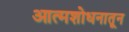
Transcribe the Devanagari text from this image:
आत्मशोधनातून